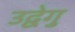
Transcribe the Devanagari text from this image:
उद्वेगु